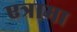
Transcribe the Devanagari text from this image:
एत्रामा